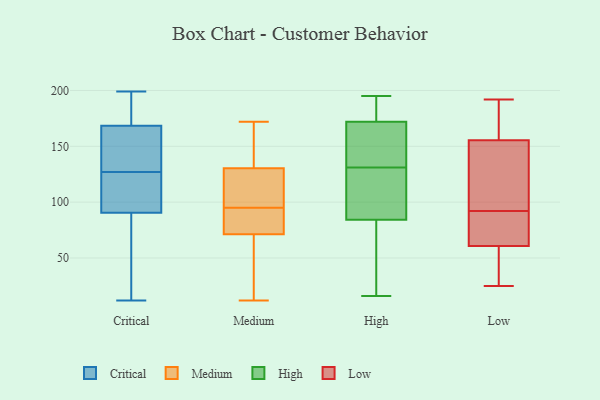
{"axis": {"x": "Budget (USD K)", "y": "Value"}, "legend": ["Critical", "High", "Low", "Medium"], "data": [{"x": "", "y": 12, "type": "Critical"}, {"x": "", "y": 61, "type": "Critical"}, {"x": "", "y": 104, "type": "Critical"}, {"x": "", "y": 152, "type": "Critical"}, {"x": "", "y": 86, "type": "Critical"}, {"x": "", "y": 190, "type": "Critical"}, {"x": "", "y": 108, "type": "Critical"}, {"x": "", "y": 133, "type": "Critical"}, {"x": "", "y": 127, "type": "Critical"}, {"x": "", "y": 174, "type": "Critical"}, {"x": "", "y": 199, "type": "Critical"}, {"x": "", "y": 45, "type": "Medium"}, {"x": "", "y": 21, "type": "Medium"}, {"x": "", "y": 89, "type": "Medium"}, {"x": "", "y": 12, "type": "Medium"}, {"x": "", "y": 158, "type": "Medium"}, {"x": "", "y": 80, "type": "Medium"}, {"x": "", "y": 172, "type": "Medium"}, {"x": "", "y": 102, "type": "Medium"}, {"x": "", "y": 93, "type": "Medium"}, {"x": "", "y": 121, "type": "Medium"}, {"x": "", "y": 96, "type": "Medium"}, {"x": "", "y": 159, "type": "Medium"}, {"x": "", "y": 95, "type": "Medium"}, {"x": "", "y": 184, "type": "High"}, {"x": "", "y": 195, "type": "High"}, {"x": "", "y": 120, "type": "High"}, {"x": "", "y": 123, "type": "High"}, {"x": "", "y": 178, "type": "High"}, {"x": "", "y": 38, "type": "High"}, {"x": "", "y": 150, "type": "High"}, {"x": "", "y": 170, "type": "High"}, {"x": "", "y": 46, "type": "High"}, {"x": "", "y": 131, "type": "High"}, {"x": "", "y": 141, "type": "High"}, {"x": "", "y": 180, "type": "High"}, {"x": "", "y": 167, "type": "High"}, {"x": "", "y": 16, "type": "High"}, {"x": "", "y": 97, "type": "High"}, {"x": "", "y": 19, "type": "High"}, {"x": "", "y": 112, "type": "High"}, {"x": "", "y": 139, "type": "Low"}, {"x": "", "y": 185, "type": "Low"}, {"x": "", "y": 109, "type": "Low"}, {"x": "", "y": 86, "type": "Low"}, {"x": "", "y": 45, "type": "Low"}, {"x": "", "y": 29, "type": "Low"}, {"x": "", "y": 92, "type": "Low"}, {"x": "", "y": 102, "type": "Low"}, {"x": "", "y": 161, "type": "Low"}, {"x": "", "y": 97, "type": "Low"}, {"x": "", "y": 57, "type": "Low"}, {"x": "", "y": 169, "type": "Low"}, {"x": "", "y": 72, "type": "Low"}, {"x": "", "y": 72, "type": "Low"}, {"x": "", "y": 25, "type": "Low"}, {"x": "", "y": 190, "type": "Low"}, {"x": "", "y": 192, "type": "Low"}, {"x": "", "y": 46, "type": "Low"}, {"x": "", "y": 90, "type": "Low"}]}